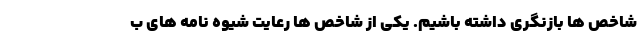
شاخص ها بازنگری داشته باشیم. یکی از شاخص ها رعایت شیوه نامه های ب